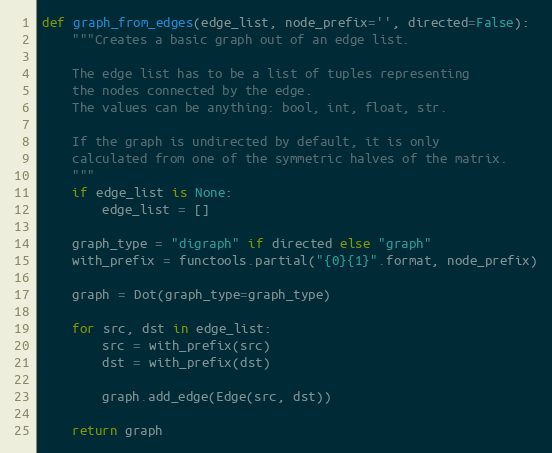
Language: Python
def graph_from_edges(edge_list, node_prefix='', directed=False):
    """Creates a basic graph out of an edge list.

    The edge list has to be a list of tuples representing
    the nodes connected by the edge.
    The values can be anything: bool, int, float, str.

    If the graph is undirected by default, it is only
    calculated from one of the symmetric halves of the matrix.
    """
    if edge_list is None:
        edge_list = []

    graph_type = "digraph" if directed else "graph"
    with_prefix = functools.partial("{0}{1}".format, node_prefix)

    graph = Dot(graph_type=graph_type)

    for src, dst in edge_list:
        src = with_prefix(src)
        dst = with_prefix(dst)

        graph.add_edge(Edge(src, dst))

    return graph